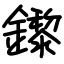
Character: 鑗